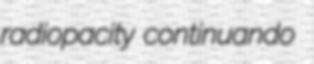
radiopacity continuando